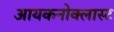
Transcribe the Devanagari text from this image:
आयकनोक्लास्ट